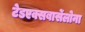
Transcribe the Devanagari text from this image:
टेडएक्सबार्सेलोना